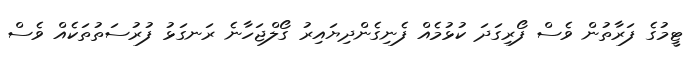
ޓީމުގެ ފަރާތުން ވެސް ފޯރިގަދަ ކުޅުމެއް ފެނިގެންދިޔައިރު ގޯލްޖަހާނެ ރަނގަޅު ފުރުސަތުތަކެއް ވެސް